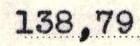
138,79